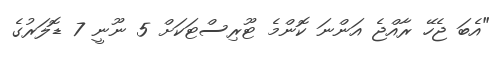
"އެބަ ޖެހޭ ރާއްޖެ އަންނަ ކޮންމެ ޓޫރިސްޓަކަށް 5 ނޫނީ 7 ޑޮލަރުގެ